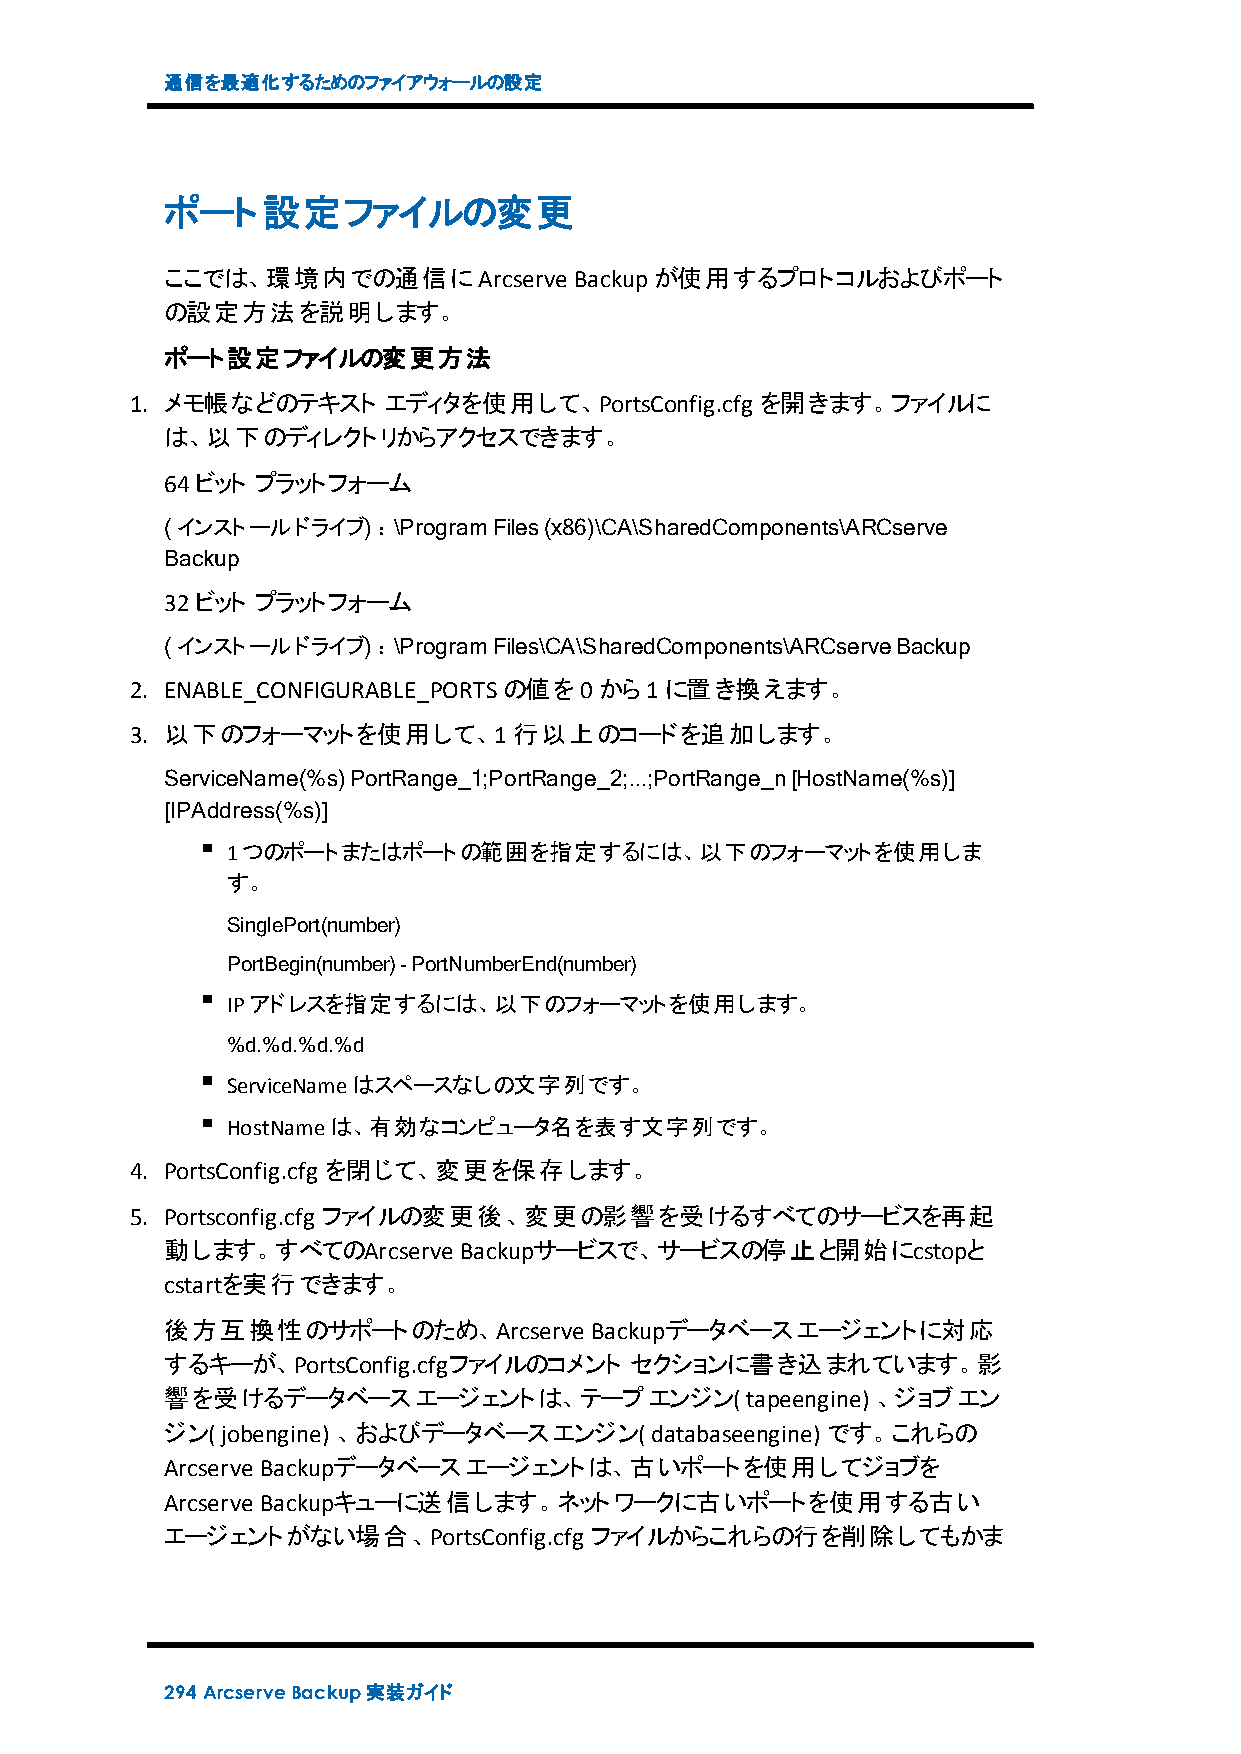
通信を最適化するためのファイアウォールの設定
 ポート設定ファイルの変更
 ここでは、環境内での通信にArcserve      Backupが使用するプロトコルおよびポート
 の設定方法を説明します。
 ポート設定ファイルの変更方法
 1. メモ帳などのテキスト   エディタを使用して、PortsConfig.cfg を開きます。ファイルに
 は、以下のディレクトリからアクセスできます。
 64ビット プラットフォーム
 (インストールドライブ)：\ProgramFiles(x86)\CA\SharedComponents\ARCserve
 Backup
 32ビット プラットフォーム
 (インストールドライブ)：\ProgramFiles\CA\SharedComponents\ARCserveBackup
 2. ENABLE_CONFIGURABLE_PORTSの値を0から 1に置き換えます。
 3. 以下のフォーマットを使用して、1行以上のコードを追加します。
 ServiceName(%s)PortRange_1;PortRange_2;...;PortRange_n[HostName(%s)]
 [IPAddress(%s)]
 1つのポートまたはポートの範囲を指定するには、以下のフォーマットを使用しま
 す。
 SinglePort(number)
 PortBegin(number)-PortNumberEnd(number)
 IPアドレスを指定するには、以下のフォーマットを使用します。
 %d.%d.%d.%d
 ServiceNameはスペースなしの文字列です。
 HostNameは、有効なコンピュータ名を表す文字列です。
 4. PortsConfig.cfg を閉じて、変更を保存します。
 5. Portsconfig.cfg ファイルの変更後、変更の影響を受けるすべてのサービスを再起
 動します。すべてのArcserve  Backupサービスで、サービスの停止と開始にcstopと
 cstartを実行できます。
 後方互換性のサポートのため、Arcserve      Backupデータベースエージェントに対応
 するキーが、PortsConfig.cfgファイルのコメント セクションに書き込まれています。影
 響を受けるデータベースエージェントは、テープエンジン(           tapeengine) 、ジョブエン
 ジン( jobengine) 、およびデータベースエンジン(  databaseengine) です。これらの
 Arcserve Backupデータベースエージェントは、古いポートを使用してジョブを
 Arcserve Backupキューに送信します。ネットワークに古いポートを使用する古い
 エージェントがない場合、PortsConfig.cfg ファイルからこれらの行を削除してもかま
 294 ArcserveBackup実装ガイド